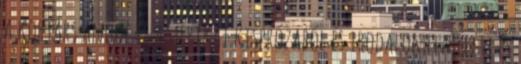
a kortárs angol és amerikai kisprózából és irodalomelméleti és